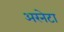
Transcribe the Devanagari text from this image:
अरनेटा